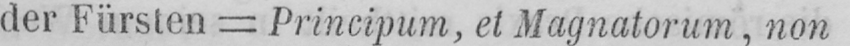
der Fürsten = Principum, et Magnatorum, non